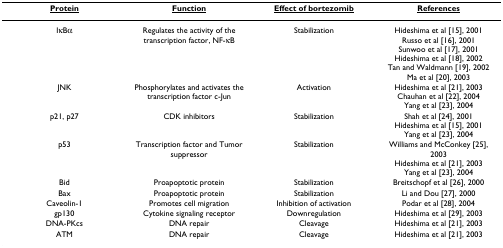
<table><thead><tr><td><b><underline>Protein</underline></b></td><td><b><underline>Function</underline></b></td><td><b><underline>Effect of bortezomib</underline></b></td><td><b><underline>References</underline></b></td></tr></thead><tbody><tr><td>IκBα</td><td>Regulates the activity of the transcription factor, NF-κB</td><td>Stabilization</td><td>Hideshima et al [15], 2001Russo et al [16], 2001Sunwoo et al [17], 2001Hideshima et al [18], 2002Tan and Waldmann [19], 2002Ma et al [20], 2003</td></tr><tr><td>JNK</td><td>Phosphorylates and activates the transcription factor c-Jun</td><td>Activation</td><td>Hideshima et al [21], 2003Chauhan et al [22], 2004Yang et al [23], 2004</td></tr><tr><td>p21, p27</td><td>CDK inhibitors</td><td>Stabilization</td><td>Shah et al [24], 2001Hideshima et al [15], 2001Yang et al [23], 2004</td></tr><tr><td>p53</td><td>Transcription factor and Tumor suppressor</td><td>Stabilization</td><td>Williams and McConkey [25], 2003Hideshima et al [21], 2003Yang et al [23], 2004</td></tr><tr><td>Bid</td><td>Proapoptotic protein</td><td>Stabilization</td><td>Breitschopf et al [26], 2000</td></tr><tr><td>Bax</td><td>Proapoptotic protein</td><td>Stabilization</td><td>Li and Dou [27], 2000</td></tr><tr><td>Caveolin-1</td><td>Promotes cell migration</td><td>Inhibition of activation</td><td>Podar et al [28], 2004</td></tr><tr><td>gp130</td><td>Cytokine signaling receptor</td><td>Downregulation</td><td>Hideshima et al [29], 2003</td></tr><tr><td>DNA-PKcs</td><td>DNA repair</td><td>Cleavage</td><td>Hideshima et al [21], 2003</td></tr><tr><td>ATM</td><td>DNA repair</td><td>Cleavage</td><td>Hideshima et al [21], 2003</td></tr></tbody></table>